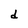
Character: d